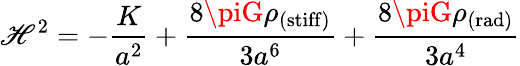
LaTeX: \mathscr{H}^{2}=-\frac{{K}}{{a^{2}}}+\frac{{8\piG\rho_{\mathrm{{(stiff)}}}}}{{3a^{6}}}+\frac{{8\piG\rho_{\mathrm{{(rad)}}}}}{{3a^{4}}}